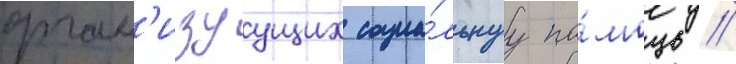
орган'изуущих социа́льнуу по́мощь /